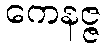
ကေနဇ္ဇ